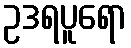
ဥဒရပူရော